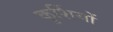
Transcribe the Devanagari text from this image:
कुर्शियों